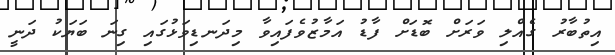
އިތުބާރު ގެއްލި ވަރަށް ބޮޑަށް ފާޑު އަމާޒުވެފައިވާ މިދަނޑިވަޅުގައި ގިނަ ބަޔަކު ދަނީ